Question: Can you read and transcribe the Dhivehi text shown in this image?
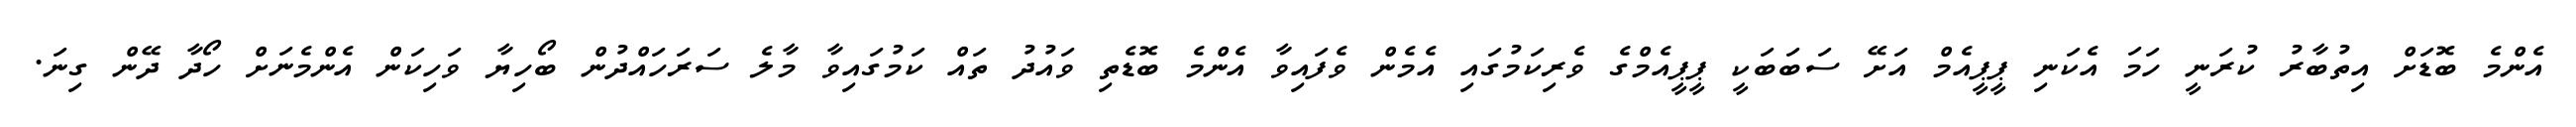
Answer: އެންމެ ބޮޑަށް އިތުބާރު ކުރަނީ ހަމަ އެކަނި ޕީޕީއެމް އަށޭ ސަބަބަކީ ޕީޕީއެމްގެ ވެރިކަމުގައި އެމެން ވެފައިވާ އެންމެ ބޮޑެތި ވައުދު ތައް ކަމުގައިވާ މާލެ ސަރަހައްދުން ބޯހިޔާ ވަހިކަން އެންމެނަށް ހޯދާ ދޭން ގިނަ.